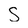
Character: S